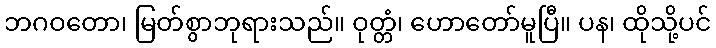
ဘဂဝတော၊ မြတ်စွာဘုရားသည်။ ဝုတ္တံ၊ ဟောတော်မူပြီ။ ပန၊ ထိုသို့ပင်